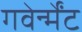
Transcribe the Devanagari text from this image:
गवेर्न्मेंट